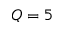
Q = 5